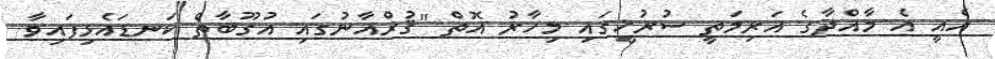
އެއީ އެ މާއްދާގެ އަރިމަތީ ސުރުޚީގައި މިހާރު އޮތް "ޤުރްއާނުގައި އުގޫބާތް ކަނޑައެޅިފައިވާ